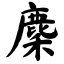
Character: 麇